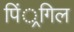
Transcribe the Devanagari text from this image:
पिं्रगिल